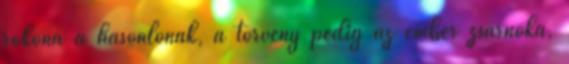
rokona a hasonlónak, a törvény pedig az ember zsarnoka,